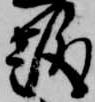
趣